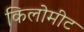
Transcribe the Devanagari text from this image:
किलोमीट